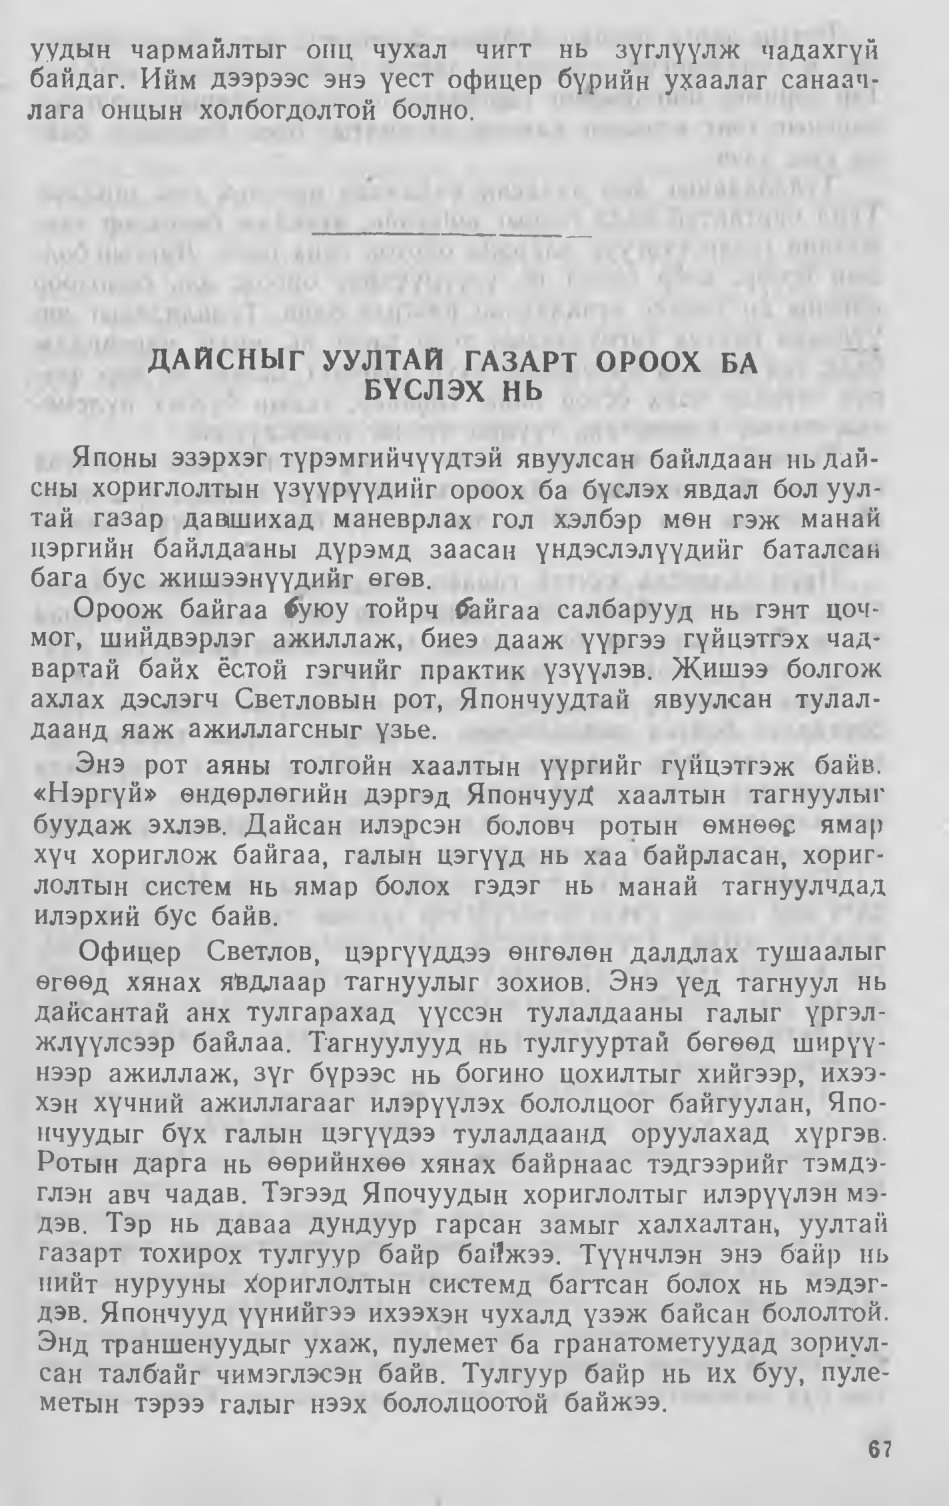
Language: mn